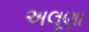
અલૂણા